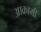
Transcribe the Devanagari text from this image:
आक्रामी